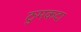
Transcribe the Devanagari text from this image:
ठुमकदा